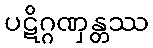
ပဋိဂ္ဂဏှန္တဿ